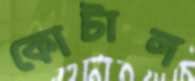
কোটাল